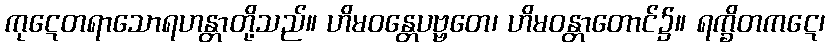
ကုဋေတရာသောရဟန္တာတို့သည်။ ဟိမဝန္တေပဗ္ဗတေ၊ ဟိမဝန္တာတောင်၌။ ရက္ခိတကဋေ၊